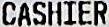
CASHIER